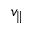
v _ { \parallel }